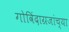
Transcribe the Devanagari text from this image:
गोविंदाग्रजांच्या